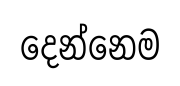
දෙන්නෙම